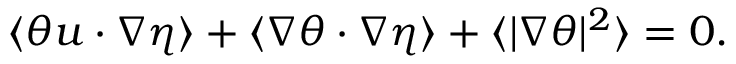
\begin{array} { r } { \langle \theta u \cdot \nabla \eta \rangle + \langle \nabla \theta \cdot \nabla \eta \rangle + \langle | \nabla \theta | ^ { 2 } \rangle = 0 . } \end{array}